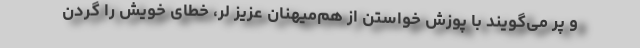
و پر می‌گویند با پوزش خواستن از هم‌میهنان عزیز لر، خطای خویش را گردن